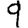
Digit: 9